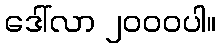
ဒေါ်လာ ၂၀၀၀ပါ။